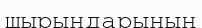
шырындарының